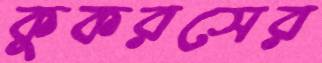
কুকরসের